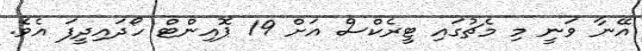
އޭނާ ވަނީ މި މެޗުގައި ޓީރެކްސް އަށް 19 ޕޮއިންޓް ހޯދައިދީފަ އެވެ.